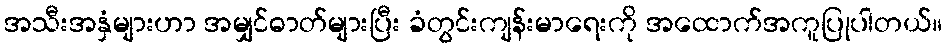
အသီးအနှံများဟာ အမျှင်ဓာတ်များပြီး ခံတွင်းကျန်းမာရေးကို အထောက်အကူပြုပါတယ်။